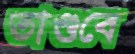
তাণ্ডবে